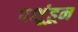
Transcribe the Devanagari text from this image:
पशूंहून